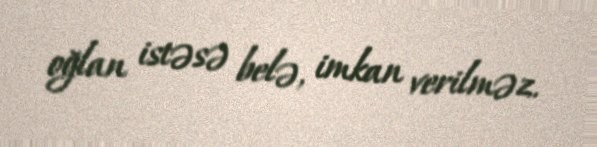
oğlan istəsə belə, imkan verilməz.